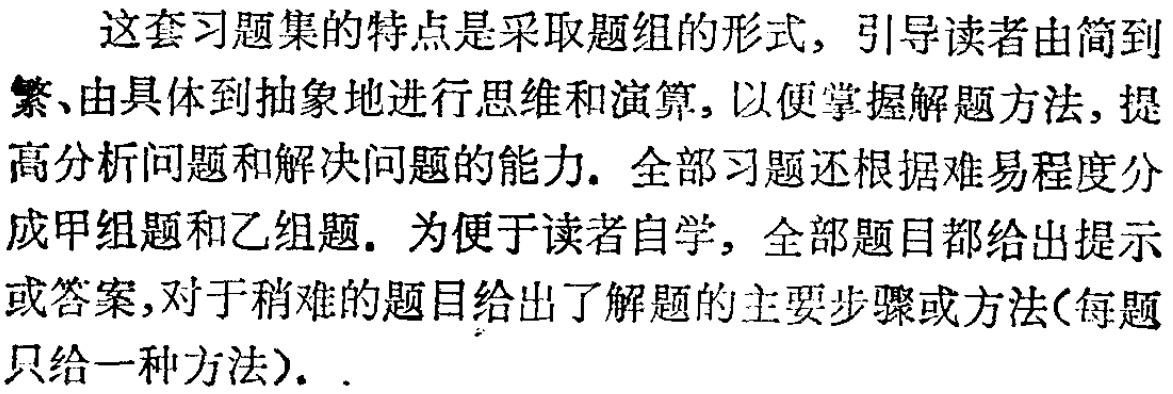
这套习题集的特点是采取题组的形式, 引导读者由简到繁、由具体到抽象地进行思维和演算, 以便掌握解题方法, 提高分析问题和解决问题的能力. 全部习题还根据难易程度分成甲组题和乙组题. 为便于读者自学, 全部题目都给出提示或答案,对于稍难的题目给出了解题的主要步骤或方法(每题只给一种方法).